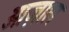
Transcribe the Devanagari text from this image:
ओज़ाल